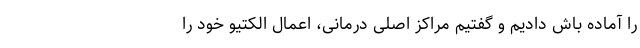
را آماده باش دادیم و گفتیم مراکز اصلی درمانی، اعمال الکتیو خود را